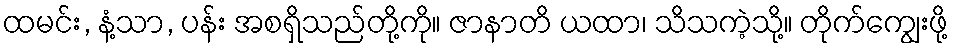
ထမင်း, နံ့သာ, ပန်း အစရှိသည်တို့ကို။ ဇာနာတိ ယထာ၊ သိသကဲ့သို့။ တိုက်ကျွေးဖို့